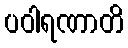
ပဝါရဏာတိ